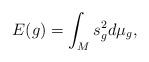
LaTeX: \begin{align*}E(g) = \int_M s_g^2 d\mu_g,\end{align*}